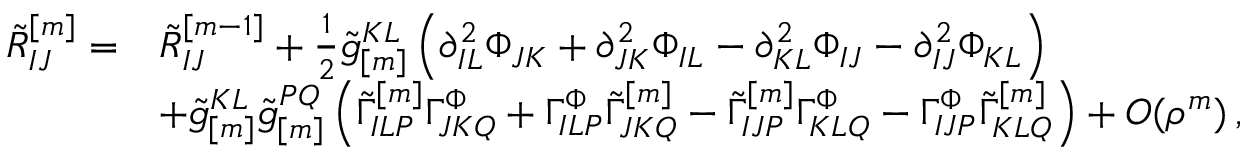
\begin{array} { r l } { \tilde { R } _ { I J } ^ { [ m ] } = } & { \tilde { R } _ { I J } ^ { [ m - 1 ] } + \frac { 1 } { 2 } \tilde { g } _ { [ m ] } ^ { K L } \left( \partial _ { I L } ^ { 2 } \Phi _ { J K } + \partial _ { J K } ^ { 2 } \Phi _ { I L } - \partial _ { K L } ^ { 2 } \Phi _ { I J } - \partial _ { I J } ^ { 2 } \Phi _ { K L } \right) } \\ & { + \tilde { g } _ { [ m ] } ^ { K L } \tilde { g } _ { [ m ] } ^ { P Q } \left( \tilde { \Gamma } _ { I L P } ^ { [ m ] } \Gamma _ { J K Q } ^ { \Phi } + \Gamma _ { I L P } ^ { \Phi } \tilde { \Gamma } _ { J K Q } ^ { [ m ] } - \tilde { \Gamma } _ { I J P } ^ { [ m ] } \Gamma _ { K L Q } ^ { \Phi } - \Gamma _ { I J P } ^ { \Phi } \tilde { \Gamma } _ { K L Q } ^ { [ m ] } \right) + O ( \rho ^ { m } ) \, , } \end{array}